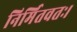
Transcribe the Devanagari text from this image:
निर्मितवतः।